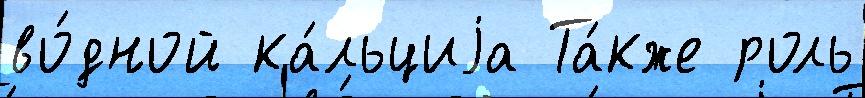
во́дной ка́льциjа Та́кже роль